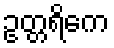
ဥတ္တရိကေ